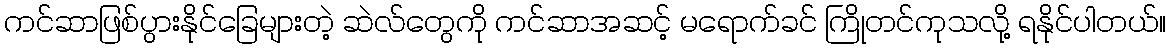
ကင်ဆာဖြစ်ပွားနိုင်ခြေများတဲ့ ဆဲလ်တွေကို ကင်ဆာအဆင့် မရောက်ခင် ကြိုတင်ကုသလို့ ရနိုင်ပါတယ်။